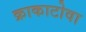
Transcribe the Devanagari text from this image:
क्राकाटोवा